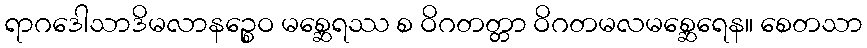
ရာဂဒေါသာဒိမလာနဉ္စေဝ မစ္ဆေရဿ စ ဝိဂတတ္တာ ဝိဂတမလမစ္ဆေရေန။ စေတသာ